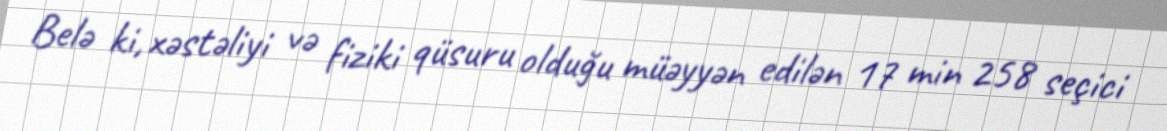
Belə ki, xəstəliyi və fiziki qüsuru olduğu müəyyən edilən 17 min 258 seçici